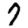
Digit: 7